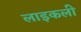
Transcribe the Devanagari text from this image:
लाइकली